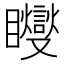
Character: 𥍆